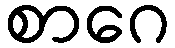
စာဂေ